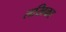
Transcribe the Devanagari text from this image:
लखिका